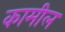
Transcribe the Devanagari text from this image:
कामील